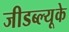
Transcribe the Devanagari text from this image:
जीडब्ल्यूके